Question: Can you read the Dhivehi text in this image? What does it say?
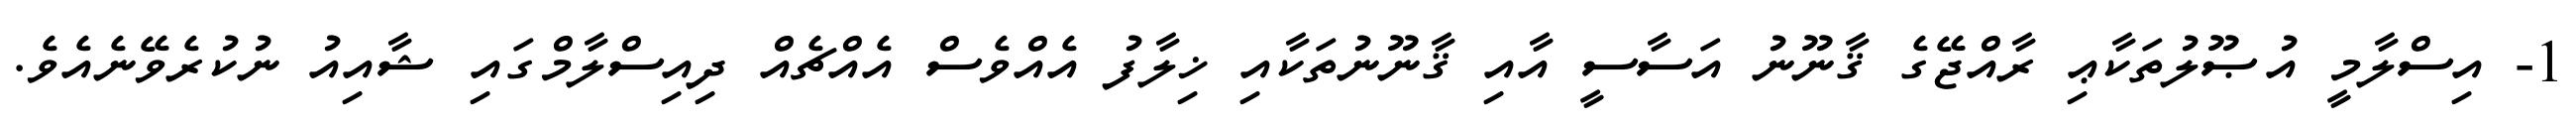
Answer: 1- އިސްލާމީ އުޞޫލުތަކާޢި ރާއްޖޭގެ ޤާނޫނު އަސާސީ އާއި ޤާނޫނުތަކާއި ޚިލާފު އެއްވެސް އެއްޗެއް ދިއިސްލާމްގައި ޝާއިއު ނުކުރެވޭނެއެވެ.